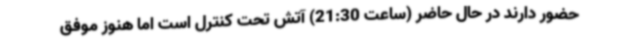
حضور دارند در حال حاضر (ساعت 21:30) آتش تحت کنترل است اما هنوز موفق